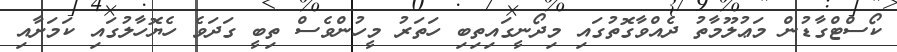
ކޯސްޓްގާޑުން މަޢުލޫމާތު ދެއްވާގޮތުގައި މިދޯނީގައިތިބި ހަތަރު މީހުންވެސް ތިބީ ގަދަވެ ހެޔޮހާލުގައި ކަމަށާއި